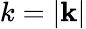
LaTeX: k=|\mathbf{k}|